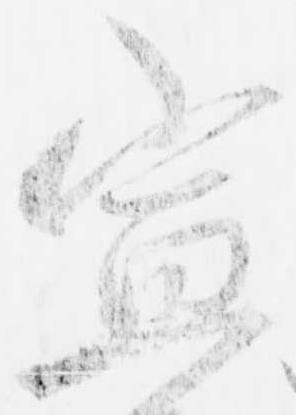
宣